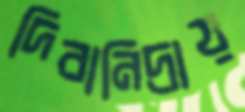
দিবানিদ্রায়